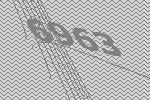
6963